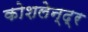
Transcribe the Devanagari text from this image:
कोशलेन्द्र